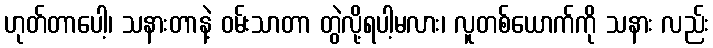
ဟုတ်တာပေါ့၊ သနားတာနဲ့ ဝမ်းသာတာ တွဲလို့ရပါ့မလား၊ လူတစ်ယောက်ကို သနား လည်း